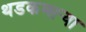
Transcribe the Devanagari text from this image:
थडकणार्‍या